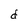
Character: d